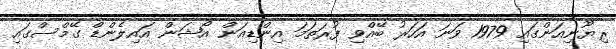
ރިޔޫނިއަންގައި 1979 ވަނަ އަހަރު ބޭއްވި ފުރަތަމަ އިންޑިއަން އޯޝަން އައިލެންޑް ގޭމްސްގައި